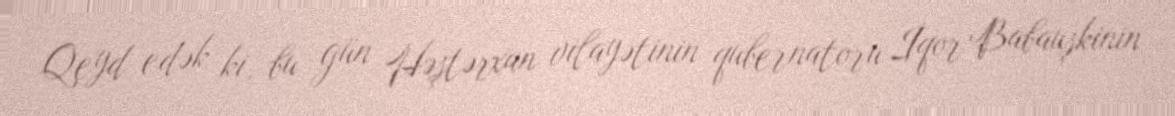
Qeyd edək ki, bu gün Həştərxan vilayətinin qubernatoru İqor Babauşkinin